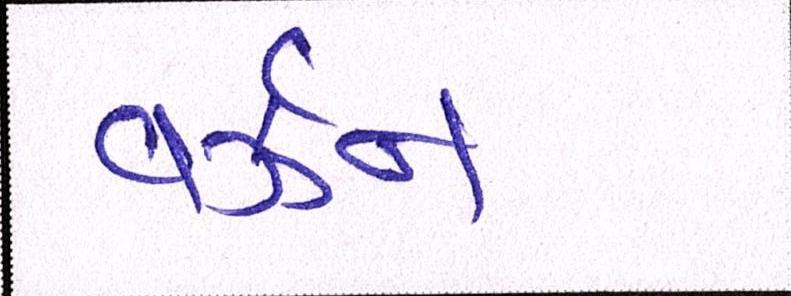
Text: વર્ઝન